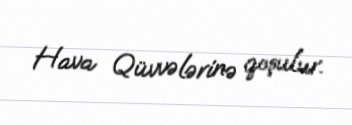
Hava Qüvvələrinə qoşulur.